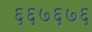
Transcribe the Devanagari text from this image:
६६७६७६